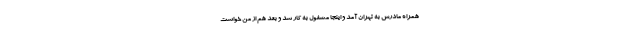
همراه مادرش به تهران آمد و اینجا مشغول به کار شد و بعد هم از من خواست